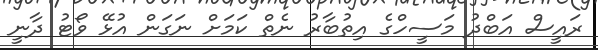
ރައީސް އަބްދު މަސީހްގެ އިތުބާރު ނެތް ކަމަށް ނަގަން އުޅޭ ވޯޓު ދާނީ